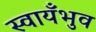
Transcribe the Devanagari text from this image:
स्वायँभुव